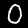
Label: 0